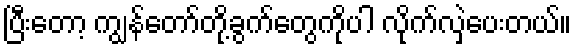
ပြီးတော့ ကျွန်တော်တို့ခွက်တွေကိုပါ လိုက်လှဲပေးတယ်။